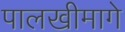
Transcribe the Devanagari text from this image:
पालखीमागे